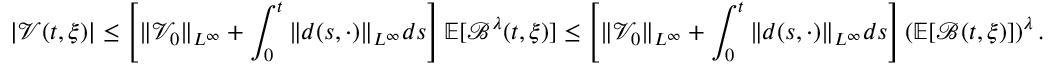
| \mathcal { V } ( t , \xi ) | \leq \left[ \| \mathcal { V } _ { 0 } \| _ { L ^ { \infty } } + \int _ { 0 } ^ { t } \| d ( s , \cdot ) \| _ { L ^ { \infty } } d s \right] \mathbb { E } [ \mathcal { B } ^ { \lambda } ( t , \xi ) ] \leq \left[ \| \mathcal { V } _ { 0 } \| _ { L ^ { \infty } } + \int _ { 0 } ^ { t } \| d ( s , \cdot ) \| _ { L ^ { \infty } } d s \right] \left( \mathbb { E } [ \mathcal { B } ( t , \xi ) ] \right) ^ { \lambda } .